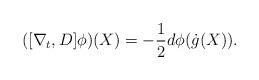
LaTeX: \begin{align*}([\nabla_t,D]\phi)(X)=-\frac{1}{2}d\phi(\dot{g}(X)).\end{align*}